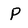
Character: P